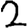
Digit: 2